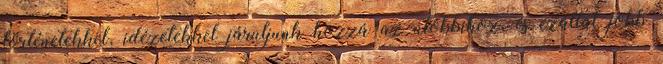
történetekkel, idézetekkel járuljunk hozzá az utóbbihoz, és ezáltal jobb